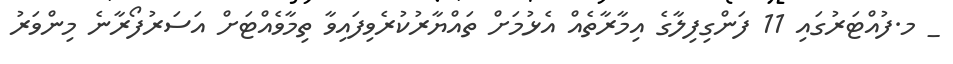
_ މ.ފުއްޓަރުގައި 11 ފަންގިފިލާގެ އިމާރާތެއް އެޅުމަށް ތައްޔާރުކުރެވިފައިވާ ތިމާވެއްޓަށް އަސަރުފޯރާނެ މިންވަރު